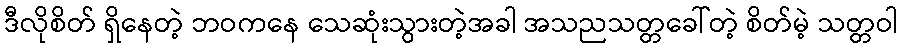
ဒီလိုစိတ် ရှိနေတဲ့ ဘဝကနေ သေဆုံးသွားတဲ့အခါ အသညသတ္တခေါ်တဲ့ စိတ်မဲ့ သတ္တဝါ